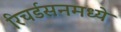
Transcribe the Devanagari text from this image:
रिचर्डसनमध्ये